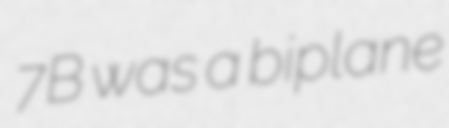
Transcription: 7B was a biplane